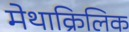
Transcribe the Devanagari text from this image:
मेथाक्रिलिक